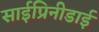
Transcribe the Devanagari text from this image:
साईप्रिनीडाई